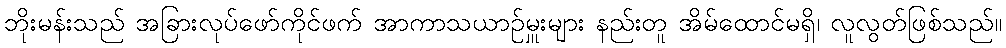
ဘိုးမန်းသည် အခြားလုပ်ဖော်ကိုင်ဖက် အာကာသယာဉ်မှူးများ နည်းတူ အိမ်ထောင်မရှိ၊ လူလွတ်ဖြစ်သည်။